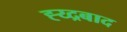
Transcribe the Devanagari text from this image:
ह्य्द्रबाद